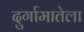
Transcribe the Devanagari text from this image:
दुर्गामातेला